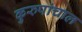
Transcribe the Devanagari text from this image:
कुरुपांचाल